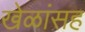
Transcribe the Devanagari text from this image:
खेळांसह